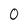
Character: 0